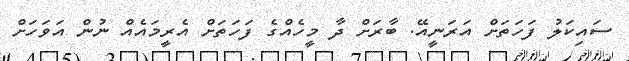
ސައިކަލު ފަހަތަށް އަރަނީއޭ. ބާރަށް ދާ މީހެއްގެ ފަހަތަށް އެެރީމައެއް ނުން އަވަހަށް